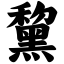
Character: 黧